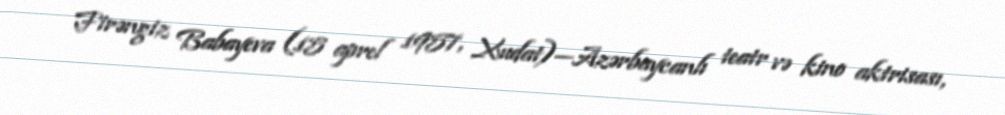
Firəngiz Babayeva (15 aprel 1957, Xudat)—Azərbaycanlı teatr və kino aktrisası,